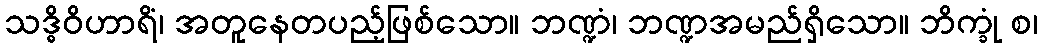
သဒ္ဓိဝိဟာရိံ၊ အတူနေတပည့်ဖြစ်သော။ ဘဏ္ဍံ၊ ဘဏ္ဍအမည်ရှိသော။ ဘိက္ခုံ စ၊